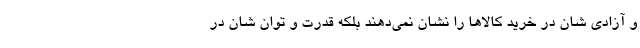
و آزادی شان در خرید کالاها را نشان نمی‌دهند بلکه قدرت و توان شان در